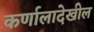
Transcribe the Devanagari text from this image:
कर्णालादेखील